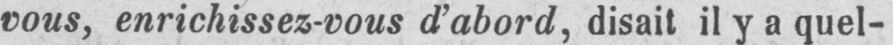
vous, enrichissez-vous d’abord, disait il y a quel-